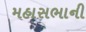
મહાસભાની